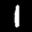
Label: 1